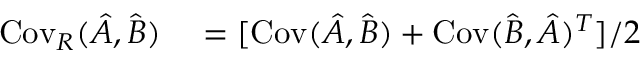
\begin{array} { r l } { \operatorname { C o v } _ { R } ( \hat { A } , \hat { B } ) } & { { } = [ \operatorname { C o v } ( \hat { A } , \hat { B } ) + \operatorname { C o v } ( \hat { B } , \hat { A } ) ^ { T } ] / 2 } \end{array}